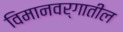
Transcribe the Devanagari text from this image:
विमानवर्गातील